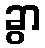
ခွာ